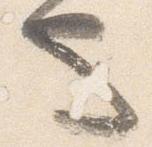
也